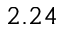
2 . 2 4